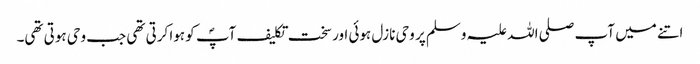
اتنے میں آپ صلی اللہ علیہ وسلم پر وحی نازل ہوئی اور سخت تکلیف آپؐ کو ہوا کرتی تھی جب وحی ہوتی تھی۔